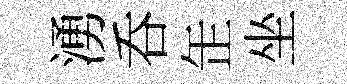
湧呑𦈢坐